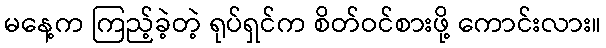
မနေ့က ကြည့်ခဲ့တဲ့ ရုပ်ရှင်က စိတ်ဝင်စားဖို့ ကောင်းလား။